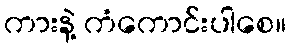
ကားနဲ့ ကံကောင်းပါစေ။